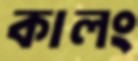
কালং